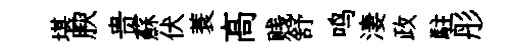
堪腴贵蘇伏蓑髙贱舒鸣淒政駐彤